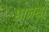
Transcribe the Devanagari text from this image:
छानसा